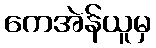
ကေအဲန်ယူမှ